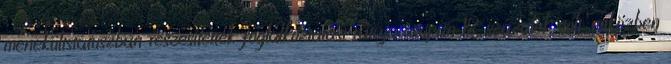
menekültstátuszban részesítettek foglalkoztatási rátája csupán 18 százalék volt, miközben